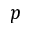
p